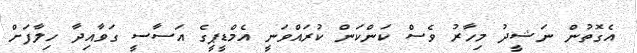
އެގޮތުން ނަޝީދު މިހާރު ވެސް ކަންކަން ކުރައްވަނީ އެމްޑީޕީގެ އަސާސީ ގަވާއިދާ ހިލާފަށް